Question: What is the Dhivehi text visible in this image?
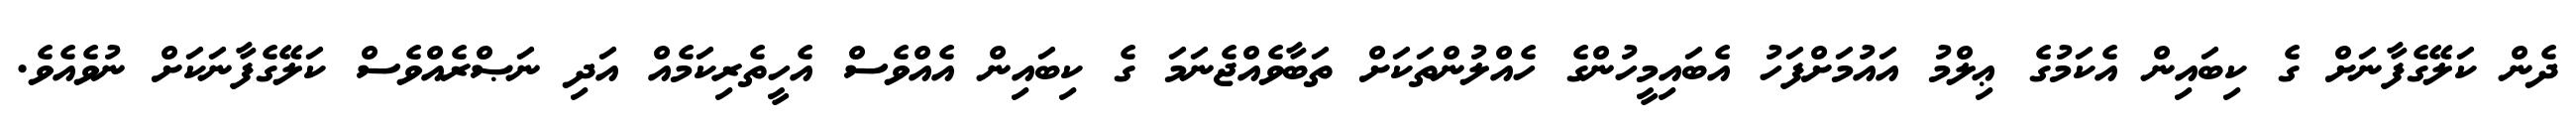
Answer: ދެން ކަލޭގެފާނަށް ގެ ކިބައިން އެކަމުގެ ޢިލްމު އައުމަށްފަހު އެބައިމީހުންގެ ހެއްލުންތަކަށް ތަބާވެއްޖެނަމަ ގެ ކިބައިން އެއްވެސް އެހީތެރިކަމެއް އަދި ނަޞްރެއްވެސް ކަލޭގެފާނަކަށް ނުވެއެވެ.